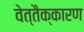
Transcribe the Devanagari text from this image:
वेत्तैक्कारण